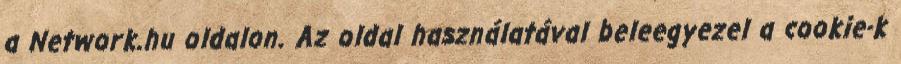
a Network.hu oldalon. Az oldal használatával beleegyezel a cookie-k